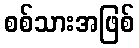
စစ်သားအဖြစ်